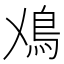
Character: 𩾘